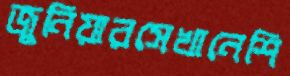
জুনিয়ারসেখানেশি